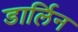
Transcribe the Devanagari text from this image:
डार्लिन